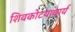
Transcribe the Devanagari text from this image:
शिवकोटयाचार्य